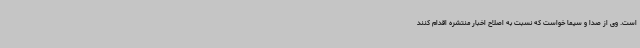
است. وی از صدا و سیما خواست که نسبت به اصلاح اخبار منتشره اقدام کنند